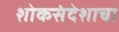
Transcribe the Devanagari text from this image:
शोकसंदेशाचा